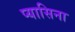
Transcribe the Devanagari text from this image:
प्यासिना